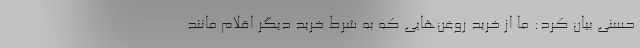
حسنی بیان کرد: ما از خرید روغن‌هایی که به شرط خرید دیگر اقلام مانند